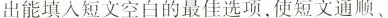
出能填入短文空白的最佳选项,使短文通顺、